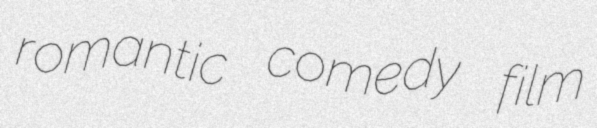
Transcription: romantic comedy film